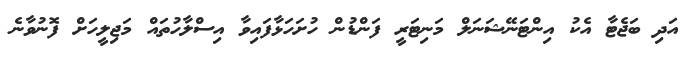
އަދި ބަޖެޓާ އެކު އިންޓަނޭޝަނަލް މަނިޓަރީ ފަންޑުން ހުށަހަޅާފައިވާ އިސްލާހުތައް މަޖިލީހަށް ފޮނުވާނެ